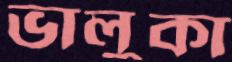
ভালুকা